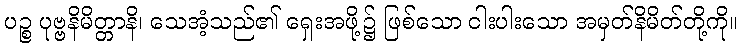
ပဉ္စ ပုဗ္ဗနိမိတ္တာနိ၊ သေအံ့သည်၏ ရှေးအဖို့၌ ဖြစ်သော ငါးပါးသော အမှတ်နိမိတ်တို့ကို။